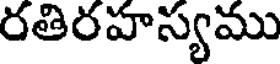
రతిరహస్యము